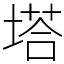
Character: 塔